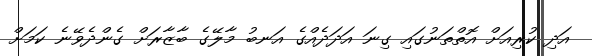
އަދި ކުރިއަށް އޮތްތަނުގައި ގިނަ އަދަދެއްގެ އަނބު މާލޭގެ ބާޒާރަށް ގެންދެވޭނެ ކަމަށް